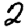
Digit: 2